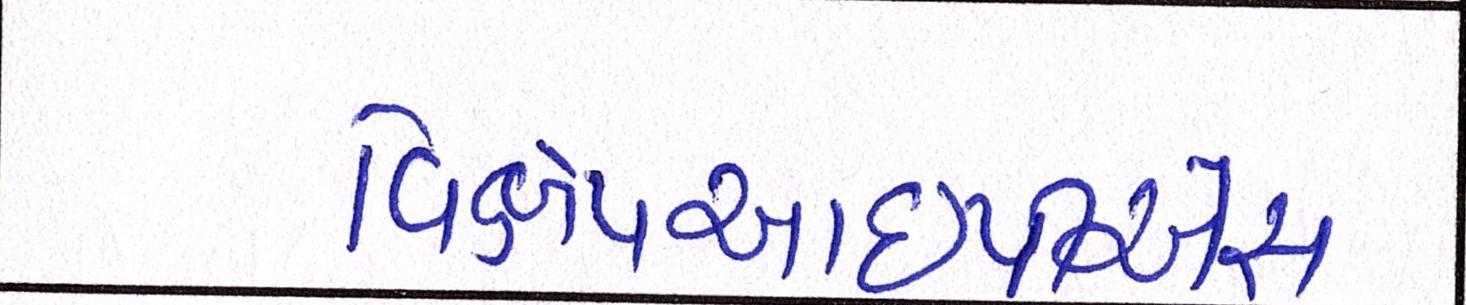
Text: વિક્ષેપઆઇપીએસ